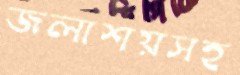
জলাশয়সহ